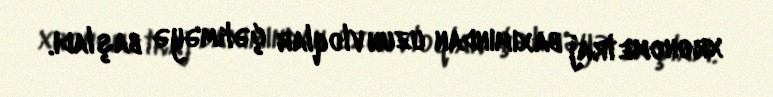
xronometraj baxımından uzun vloqlar çəkməyə başladı.